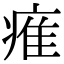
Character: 痽